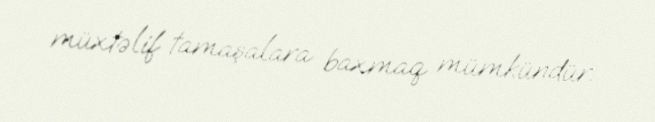
müxtəlif tamaşalara baxmaq mümkündür.